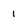
Character: 1